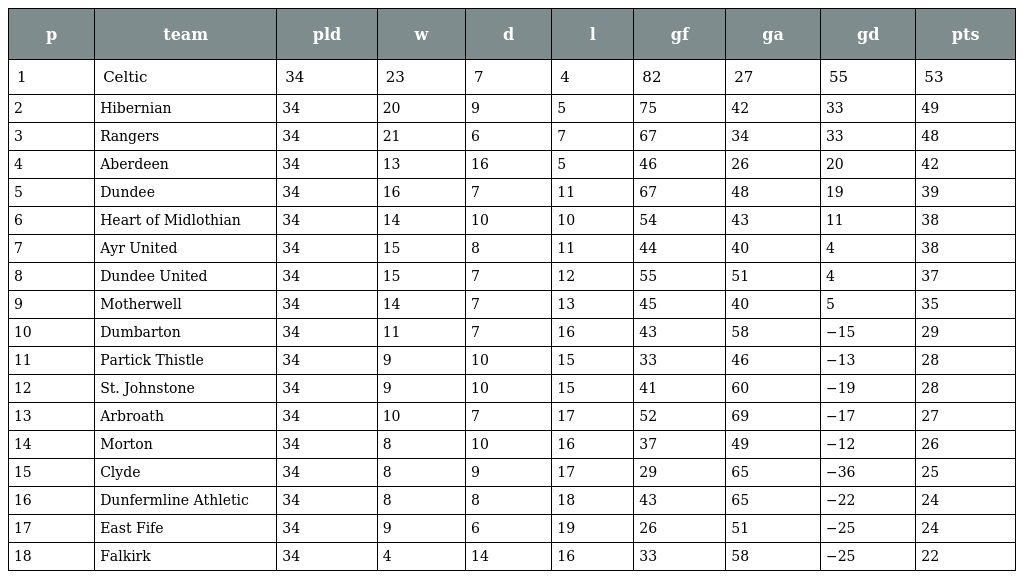
| p | team | pld | w | d | l | gf | ga | gd | pts |
 | --- | --- | --- | --- | --- | --- | --- | --- | --- | --- |
 | 1 | Celtic | 34 | 23 | 7 | 4 | 82 | 27 | 55 | 53 |
 | 2 | Hibernian | 34 | 20 | 9 | 5 | 75 | 42 | 33 | 49 |
 | 3 | Rangers | 34 | 21 | 6 | 7 | 67 | 34 | 33 | 48 |
 | 4 | Aberdeen | 34 | 13 | 16 | 5 | 46 | 26 | 20 | 42 |
 | 5 | Dundee | 34 | 16 | 7 | 11 | 67 | 48 | 19 | 39 |
 | 6 | Heart of Midlothian | 34 | 14 | 10 | 10 | 54 | 43 | 11 | 38 |
 | 7 | Ayr United | 34 | 15 | 8 | 11 | 44 | 40 | 4 | 38 |
 | 8 | Dundee United | 34 | 15 | 7 | 12 | 55 | 51 | 4 | 37 |
 | 9 | Motherwell | 34 | 14 | 7 | 13 | 45 | 40 | 5 | 35 |
 | 10 | Dumbarton | 34 | 11 | 7 | 16 | 43 | 58 | −15 | 29 |
 | 11 | Partick Thistle | 34 | 9 | 10 | 15 | 33 | 46 | −13 | 28 |
 | 12 | St. Johnstone | 34 | 9 | 10 | 15 | 41 | 60 | −19 | 28 |
 | 13 | Arbroath | 34 | 10 | 7 | 17 | 52 | 69 | −17 | 27 |
 | 14 | Morton | 34 | 8 | 10 | 16 | 37 | 49 | −12 | 26 |
 | 15 | Clyde | 34 | 8 | 9 | 17 | 29 | 65 | −36 | 25 |
 | 16 | Dunfermline Athletic | 34 | 8 | 8 | 18 | 43 | 65 | −22 | 24 |
 | 17 | East Fife | 34 | 9 | 6 | 19 | 26 | 51 | −25 | 24 |
 | 18 | Falkirk | 34 | 4 | 14 | 16 | 33 | 58 | −25 | 22 |